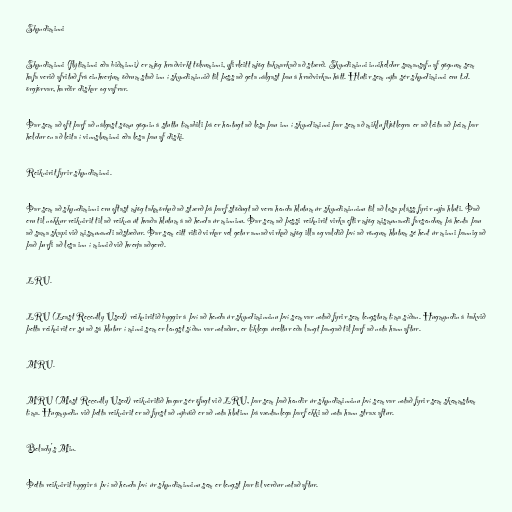
Skyndiminni

Skyndiminni (flýtiminni eða biðminni) er mjög hraðvirkt tölvuminni, yfirleitt mjög takmarkað að stærð. Skyndiminni inniheldur samansafn af gögnum sem
hafa verið afrituð frá einhverjum öðrum stað inn í skyndiminnið til þess að geta nálgast þau á hraðvirkan hátt. Hlutir sem nýta sér skyndiminni eru t.d.
örgjörvar, harðir diskar og vafrar.

Þar sem að oft þarf að nálgast sömu gögnin á stuttu tímabili þá er hentugt að lesa þau inn í skyndiminni þar sem að miklu fljótlegra er að leita að þeim þar
heldur en að leita í vinnsluminni eða lesa þau af diski.

Reiknirit fyrir skyndiminni.

Þar sem að skyndiminni eru oftast mjög takmörkuð að stærð þá þarf stöðugt að vera henda hlutum úr skyndiminninu til að losa pláss fyrir nýja hluti. Það
eru til nokkur reiknirit til að reikna út hvaða hlutum á að henda úr minninu. Þar sem að þessi reiknirit virka eftir mjög mismunandi forsendum þá henta þau
að sama skapi við mismunandi aðstæður. Þar sem eitt ritið virkar vel getur annað virkað mjög illa og valdið því að röngum hlutum sé hent úr minni þannig að
það þurfi að lesa inn í minnið við hverja aðgerð.

LRU.

LRU (Least Recently Used) reikniritið byggir á því að henda úr skyndiminninu því sem var notað fyrir sem lengstum tíma síðan. Hugmyndin á bakvið
þetta reiknirit er sú að sá hlutur í minni sem er lengst síðan var notaður, er líklega úreltur eða langt þangað til þarf að nota hann aftur.

MRU.

MRU (Most Recently Used) reikniritið hagar sér öfugt við LRU, þar sem það hendir úr skyndiminninu því sem var notað fyrir sem skemmstum
tíma. Hugmyndin við þetta reiknirit er að fyrst að nýbúið er að nota hlutinn þá væntanlega þarf ekki að nota hann strax aftur.

Belady's Min.

Þetta reiknirit byggir á því að henda því úr skyndiminninu sem er lengst þar til verður notað aftur.